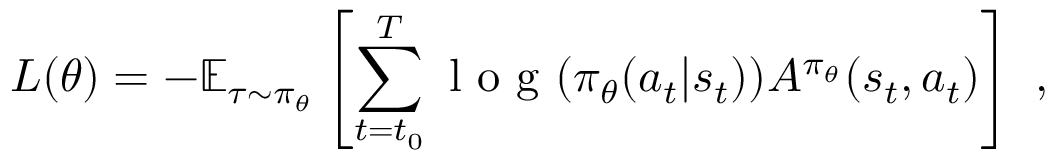
L ( \theta ) = - \mathbb { E } _ { \tau \sim \pi _ { \theta } } \left[ \sum _ { { t = t _ { 0 } } } ^ { T } \mathrm { ~ l ~ o ~ g ~ } ( \pi _ { \theta } ( a _ { t } | s _ { t } ) ) A ^ { \pi _ { \theta } } ( s _ { t } , a _ { t } ) \right] ~ ,